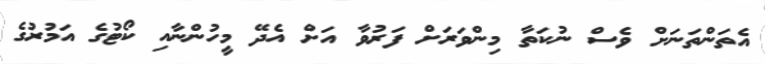
އެތަންތަނަށް ވެސް ނުކަތާ މިންވަރަށް ފަރުވާ އަށް އެދޭ މީހުންނާއި ކޯޓުގެ އަމުރުގެ